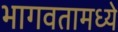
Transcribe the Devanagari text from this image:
भागवतामध्ये